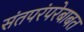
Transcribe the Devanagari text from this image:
संतपरंपरेबाबत